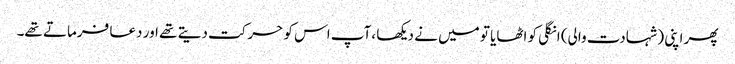
پھر اپنی (شہادت والی) انگلی کو اٹھایا تو میں نے دیکھا ،آپ اس کو حرکت دیتے تھے اور دعا فرماتے تھے۔